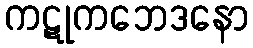
ကဋုကဘေဒနော